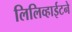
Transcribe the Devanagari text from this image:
लिलिव्हाईटने